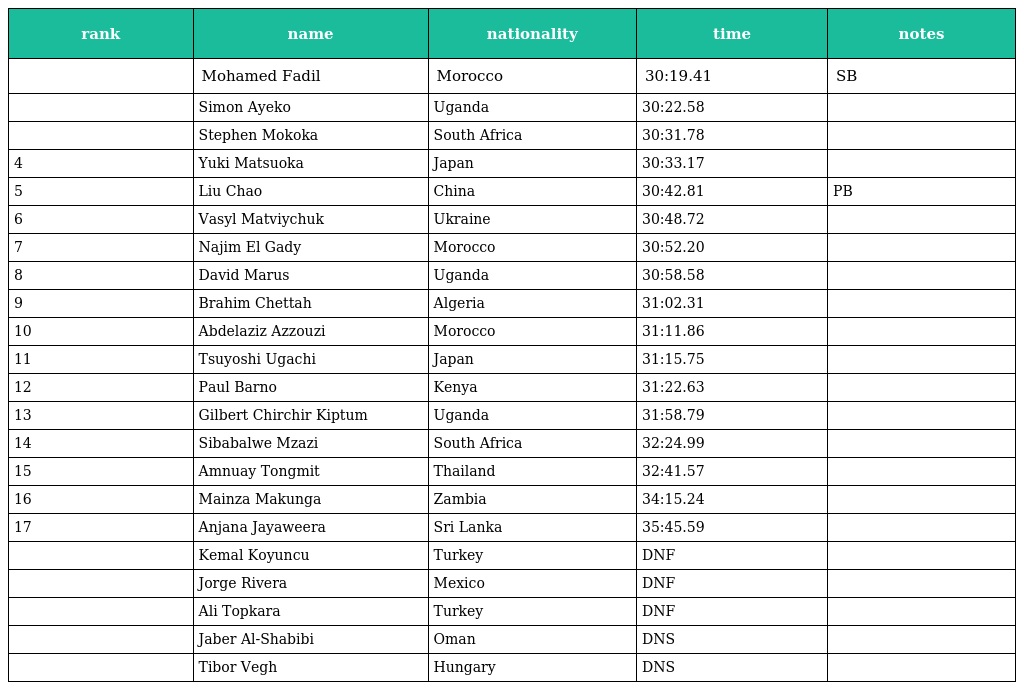
| rank | name | nationality | time | notes |
 | --- | --- | --- | --- | --- |
 |  | Mohamed Fadil | Morocco | 30:19.41 | SB |
 |  | Simon Ayeko | Uganda | 30:22.58 |  |
 |  | Stephen Mokoka | South Africa | 30:31.78 |  |
 | 4 | Yuki Matsuoka | Japan | 30:33.17 |  |
 | 5 | Liu Chao | China | 30:42.81 | PB |
 | 6 | Vasyl Matviychuk | Ukraine | 30:48.72 |  |
 | 7 | Najim El Gady | Morocco | 30:52.20 |  |
 | 8 | David Marus | Uganda | 30:58.58 |  |
 | 9 | Brahim Chettah | Algeria | 31:02.31 |  |
 | 10 | Abdelaziz Azzouzi | Morocco | 31:11.86 |  |
 | 11 | Tsuyoshi Ugachi | Japan | 31:15.75 |  |
 | 12 | Paul Barno | Kenya | 31:22.63 |  |
 | 13 | Gilbert Chirchir Kiptum | Uganda | 31:58.79 |  |
 | 14 | Sibabalwe Mzazi | South Africa | 32:24.99 |  |
 | 15 | Amnuay Tongmit | Thailand | 32:41.57 |  |
 | 16 | Mainza Makunga | Zambia | 34:15.24 |  |
 | 17 | Anjana Jayaweera | Sri Lanka | 35:45.59 |  |
 |  | Kemal Koyuncu | Turkey | DNF |  |
 |  | Jorge Rivera | Mexico | DNF |  |
 |  | Ali Topkara | Turkey | DNF |  |
 |  | Jaber Al-Shabibi | Oman | DNS |  |
 |  | Tibor Vegh | Hungary | DNS |  |